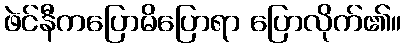
ဖဲင်နီကပြောမိပြောရာ ပြောလိုက်၏။